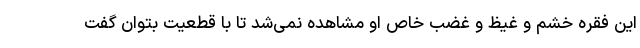
این فقره خشم و غیظ و غضب خاص او مشاهده نمی‌شد تا با قطعیت بتوان گفت